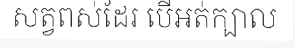
សត្វពស់ដែរ បើអត់ក្បាល